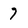
Character: 7